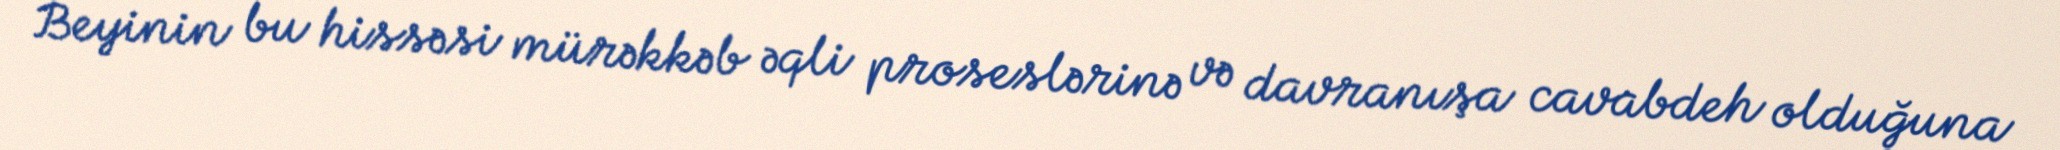
Beyinin bu hissəsi mürəkkəb əqli proseslərinə və davranışa cavabdeh olduğuna